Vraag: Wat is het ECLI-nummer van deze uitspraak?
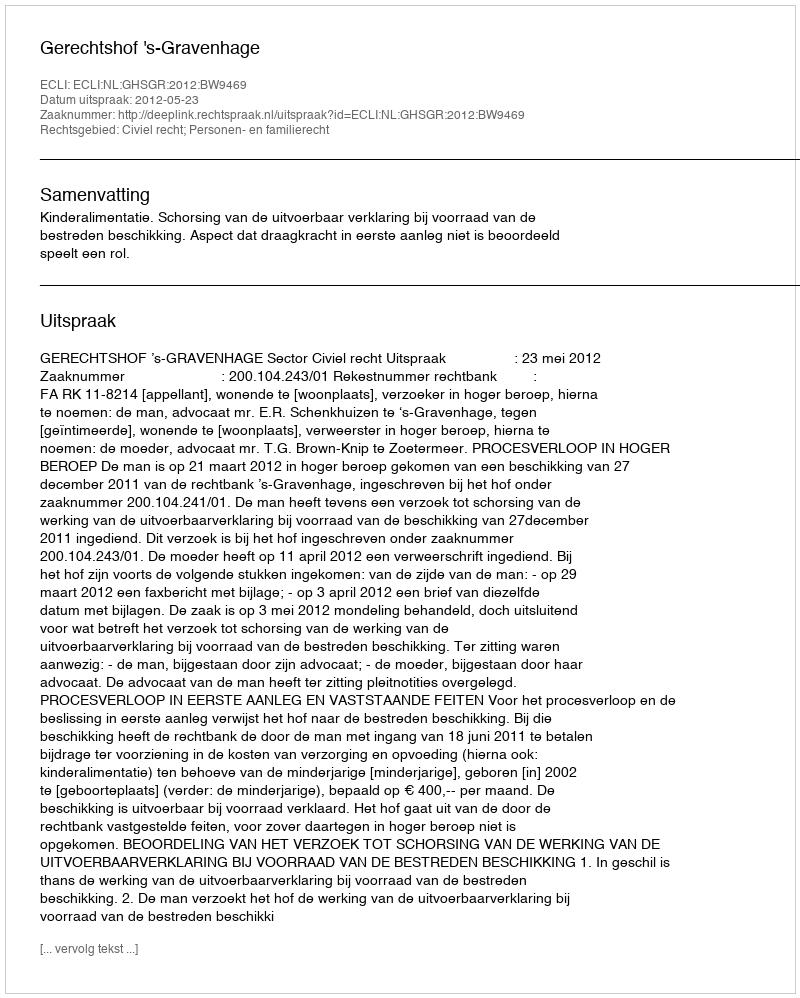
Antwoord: ECLI:NL:GHSGR:2012:BW9469